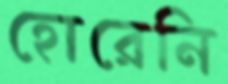
হোরেনি